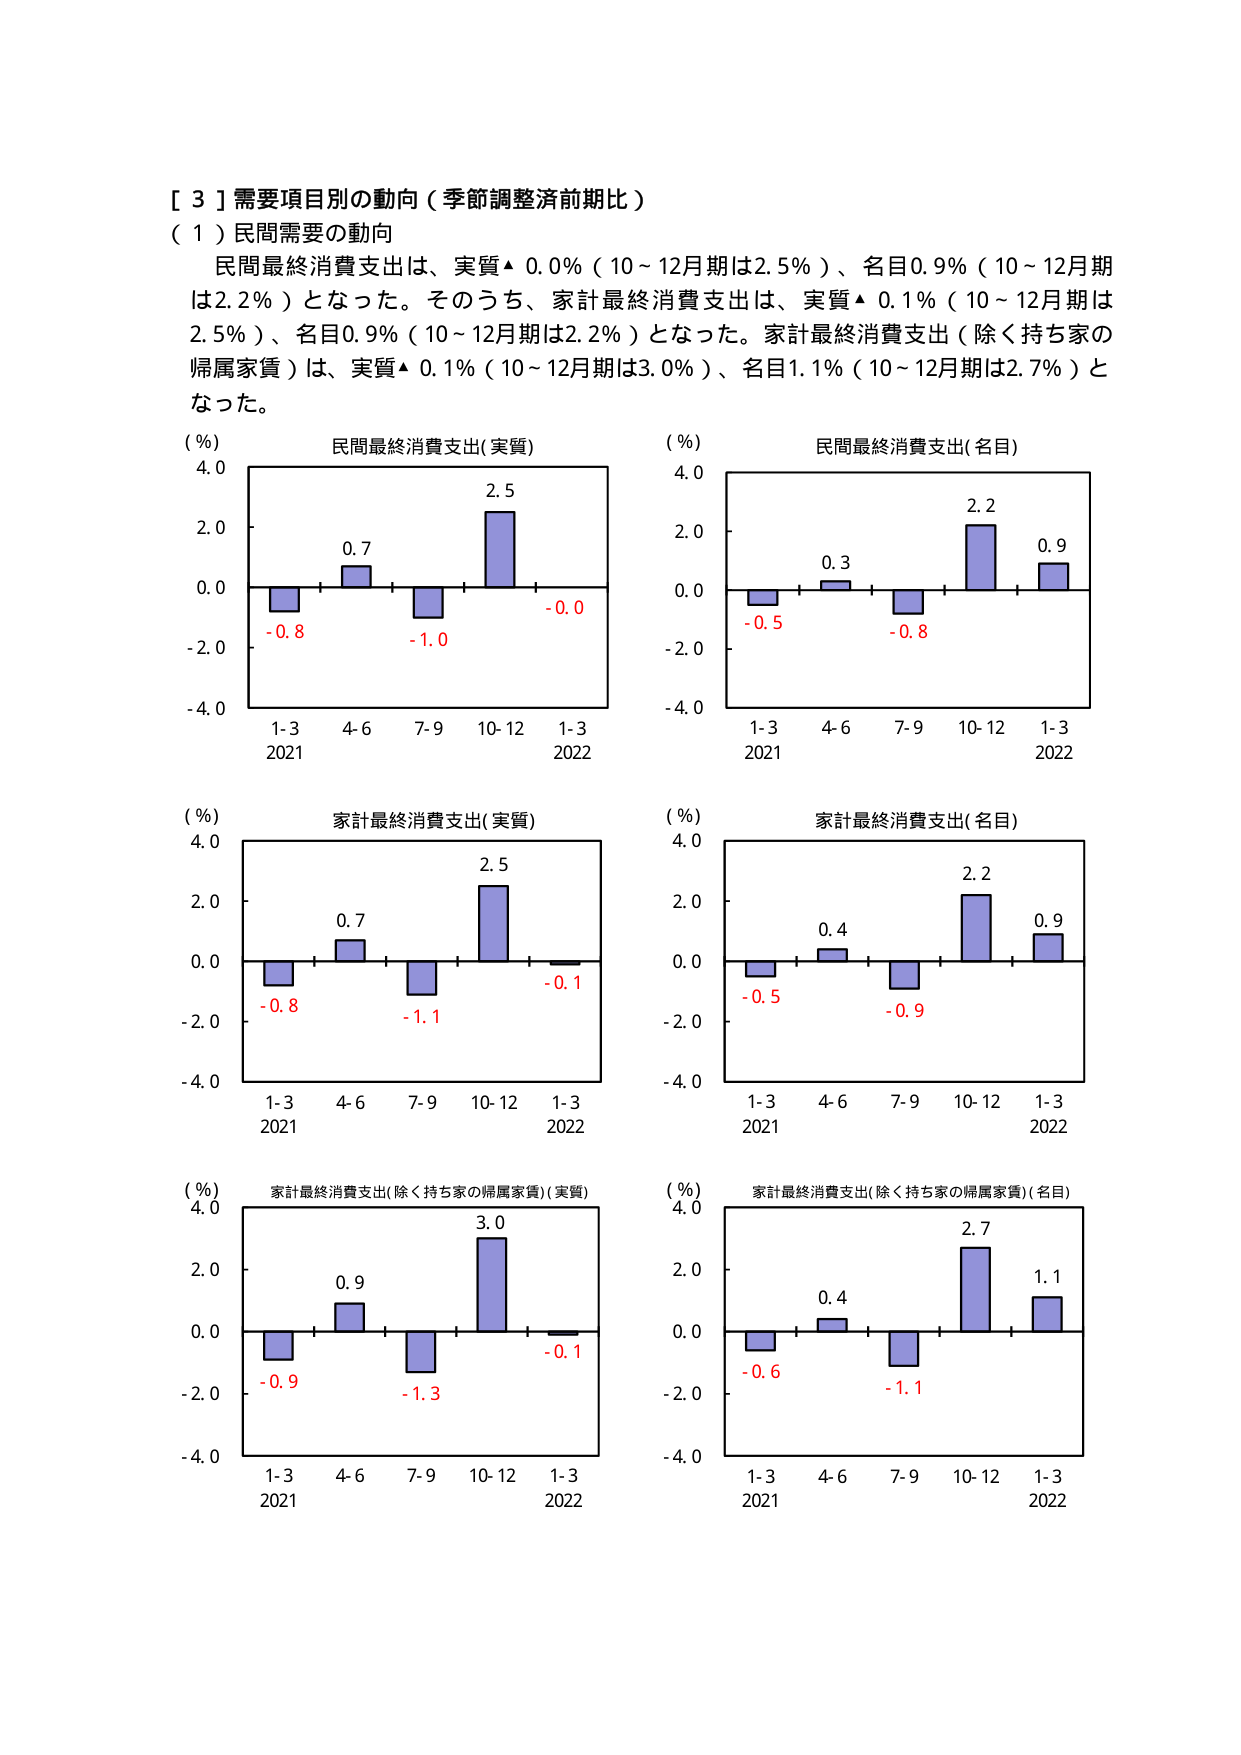
［３］需要項目別の動向（季節調整済前期比）
（１）民間需要の動向
民間最終消費支出は、実質▲ 0.0％（10～12月期は2.5％）、名目0.9％（10～12月期は2.2％）となった。そのうち、家計最終消費支出は、実質▲ 0.1％（10～12月期は2.5％）、名目0.9％（10～12月期は2.2％）となった。家計最終消費支出（除く持ち家の帰属家賃）は、実質▲ 0.1％（10～12月期は3.0％）、名目1.1％（10～12月期は2.7％）となった。

（％）
民間最終消費支出（実質）
4.0
2.0
0.0
-2.0
-4.0
1-3 4-6 7-9 10-12 1-3
2021 2022
-0.8 0.7 -1.0 2.5 -0.0

（％）
民間最終消費支出（名目）
4.0
2.0
0.0
-2.0
-4.0
1-3 4-6 7-9 10-12 1-3
2021 2022
-0.5 0.3 -0.8 2.2 0.9

（％）
家計最終消費支出（実質）
4.0
2.0
0.0
-2.0
-4.0
1-3 4-6 7-9 10-12 1-3
2021 2022
-0.8 0.7 -1.1 2.5 -0.1

（％）
家計最終消費支出（名目）
4.0
2.0
0.0
-2.0
-4.0
1-3 4-6 7-9 10-12 1-3
2021 2022
-0.5 0.4 -0.9 2.2 0.9

（％）
家計最終消費支出（除く持ち家の帰属家賃）（実質）
4.0
2.0
0.0
-2.0
-4.0
1-3 4-6 7-9 10-12 1-3
2021 2022
-0.9 0.9 -1.3 3.0 -0.1

（％）
家計最終消費支出（除く持ち家の帰属家賃）（名目）
4.0
2.0
0.0
-2.0
-4.0
1-3 4-6 7-9 10-12 1-3
2021 2022
-0.6 0.4 -1.1 2.7 1.1